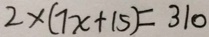
2 \times ( 7 x + 1 5 ) = 3 1 0